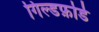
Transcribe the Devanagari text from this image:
गिल्डफ़ोर्ड